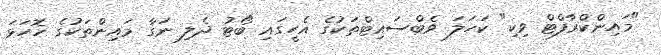
"މައިންކްރާފްޓް ވިކި" ކަހަލަ ވެބްސައިޓްތަކުގެ އެހީގައި ބޯޓު ދެލި ނަގާ މައިންތަކުގެ ހޮހަޅަ